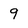
Character: 9